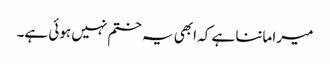
میرا ماننا ہے کہ ابھی یہ ختم نہیں ہوئی ہے۔